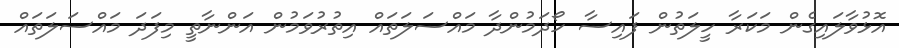
އޮޅުވާލައިގެން މަކަރާ ހީލަތުން ފައިސާ ހޯދަމުންދާ މަައްސަލަތައް އިތުރުވަމުން އަންނާތީ މިފަދަ މައްސަލަތައް